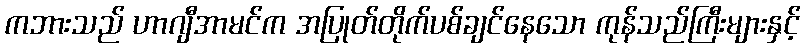
ကဘားသည် ဟာဂျီအာမင်က အပြုတ်တိုက်ပစ်ချင်နေသော ကုန်သည်ကြီးများနှင့်